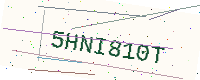
Text: 5HNI810T